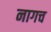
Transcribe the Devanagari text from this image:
नागच